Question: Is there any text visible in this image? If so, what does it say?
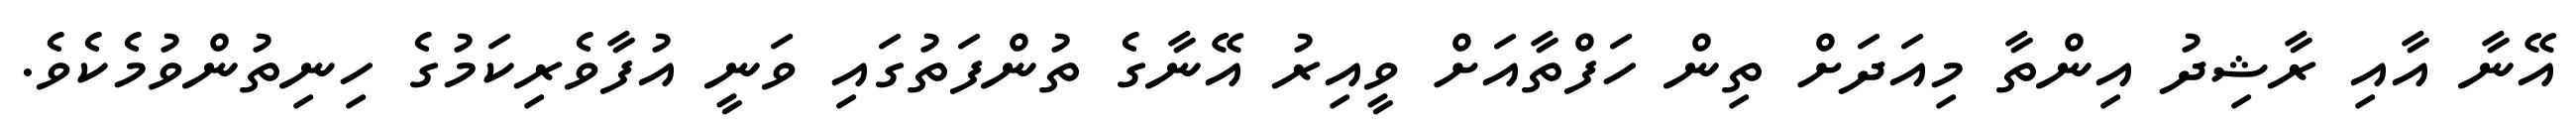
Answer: އޭނާ އާއި ރާޝިދު އިންތާ މިއަދަށް ތިން ހަފްތާއަށް ވީއިރު އޭނާގެ ތުންފަތުގައި ވަނީ އުފާވެރިކަމުގެ ހިނިތުންވުމެކެވެ.